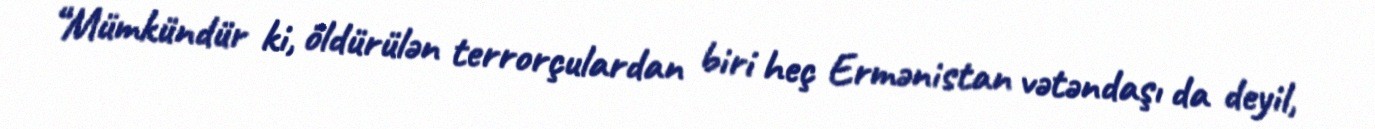
“Mümkündür ki, öldürülən terrorçulardan biri heç Ermənistan vətəndaşı da deyil,